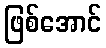
ဖြစ်အောင်